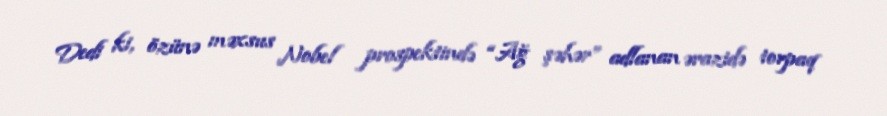
Dedi ki, özünə məxsus Nobel prospektində “Ağ şəhər” adlanan ərazidə torpaq